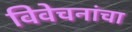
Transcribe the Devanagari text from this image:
विवेचनांचा